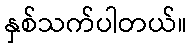
နှစ်သက်ပါတယ်။